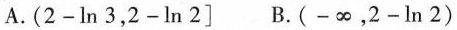
A.( $$2 - l n 3$$，$$2 - l n 2$$] B.(-\infty，$$2 - l n 2$$)